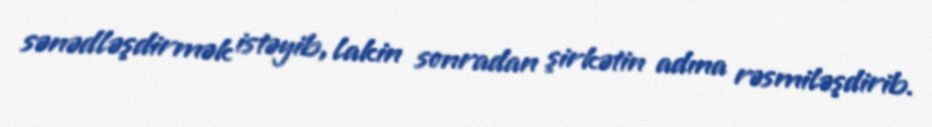
sənədləşdirmək istəyib, lakin sonradan şirkətin adına rəsmiləşdirib.